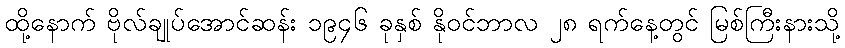
ထို့နောက် ဗိုလ်ချုပ်အောင်ဆန်း ၁၉၄၆ ခုနှစ် နိုဝင်ဘာလ ၂၈ ရက်နေ့တွင် မြစ်ကြီးနားသို့